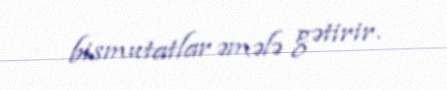
bismutatlar əmələ gətirir.